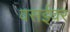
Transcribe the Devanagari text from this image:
वसईवर